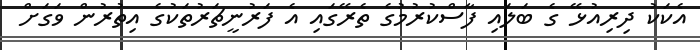
އެކަކު ދިރިއުޅޭ ގެ ބަލައި ފާސްކުރުމުގެ ތެރޭގައި އެ ފަރުނީޗަރުތަކުގެ އިތުރުން ވަގަށް